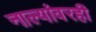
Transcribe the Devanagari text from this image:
नाल्यांवरही